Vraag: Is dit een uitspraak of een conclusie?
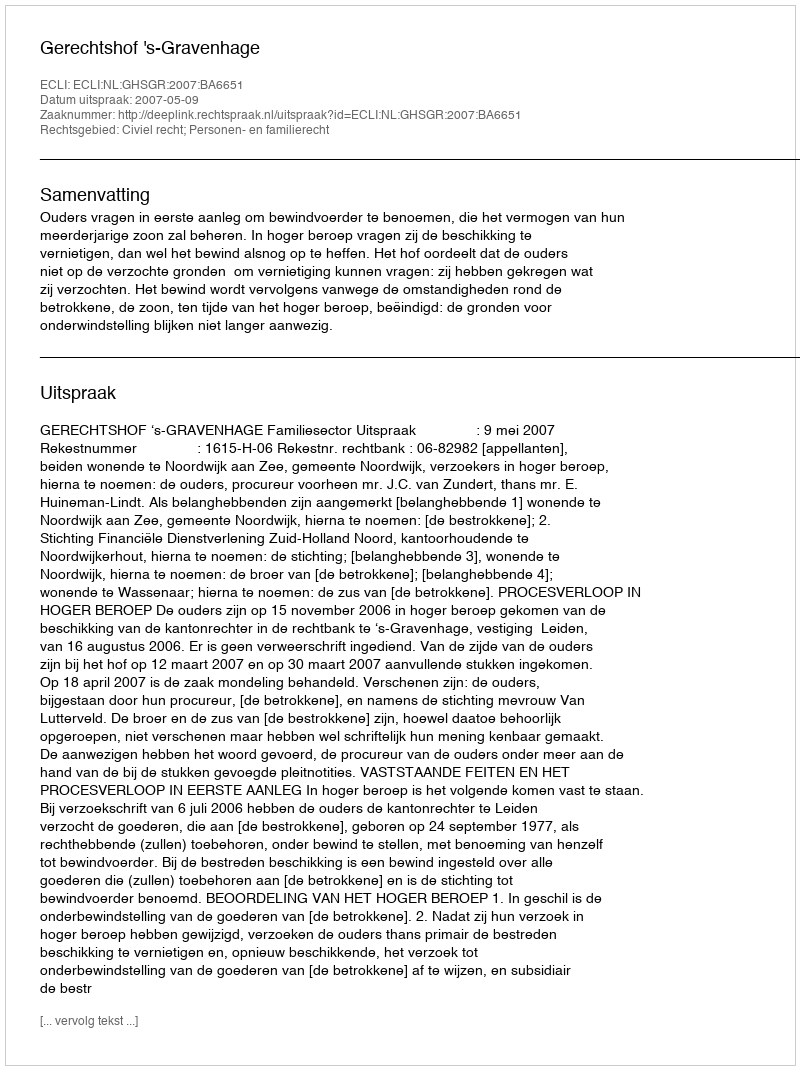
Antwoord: Uitspraak